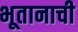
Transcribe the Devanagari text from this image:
भूतानाची